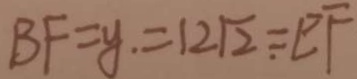
B F = y . = 1 2 \sqrt { 2 } = E F